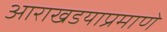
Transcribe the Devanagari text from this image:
आराखडयाप्रमाणे